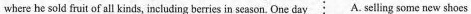
where he sold fruit of all kinds, including berries in season. One day A. seiling some new shoes